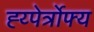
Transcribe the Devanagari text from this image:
ह्य्पेर्त्रोफ्य